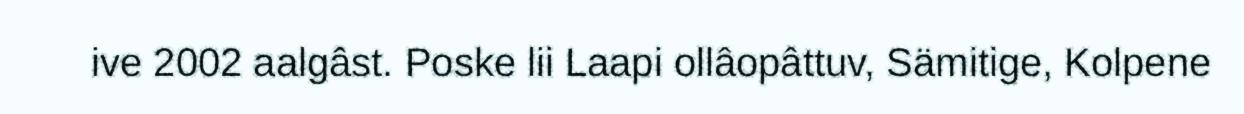
ive 2002 aalgâst. Poske lii Laapi ollâopâttuv, Sämitige, Kolpene